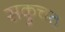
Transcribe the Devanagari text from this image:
सकुचत